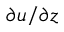
\partial u / \partial z